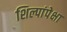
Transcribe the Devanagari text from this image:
शिल्पांपेक्षा